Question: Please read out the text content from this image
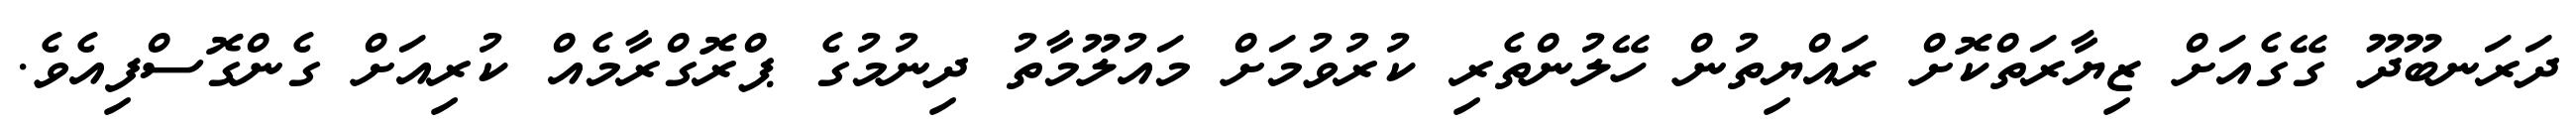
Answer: ދަރަނބޫދޫ ގޭގެއަށް ޒިޔާރަތްކޮށް ރައްޔިތުން ހޭލުންތެރި ކުރުވުމަށް މައުލޫމާތު ދިނުމުގެ ޕްރޮގްރާމެއް ކުރިއަށް ގެންގޮސްފިއެވެ.